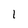
Character: 1